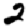
Digit: 2